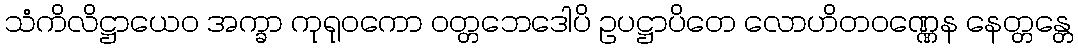
သံကိလိဋ္ဌာယေဝ အက္ခာ ကုရုဝကော ဝတ္တဘေဒေါပိ ဥပဋ္ဌာပိတေ လောဟိတဝဏ္ဏေန နေတ္တန္တေ